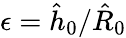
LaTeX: \mathbf{\epsilon}=\hat{h}_{0}/\hat{R}_{0}